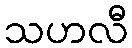
သဟလီ